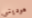
هوديني